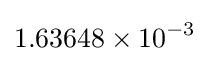
1.63648\times 10^{-3}